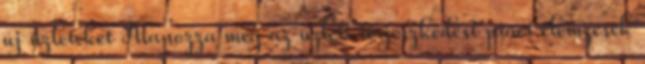
új üzleteket Alapozza meg az üzleti terjeszkedést piaci elemzések